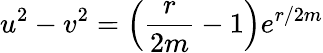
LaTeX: u^{2}-v^{2}=\left(\frac{r}{2m}-1\right)e^{r/2m}